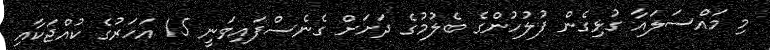
މި މައްސަލައާ ގުޅިގެން ފުލުހުންގެ ބެލުމުގެ ދަށަށް ގެނެސްފައިވަނީ 15 އަހަރުގެ ކުއްޖަކާއި